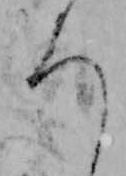
ろ